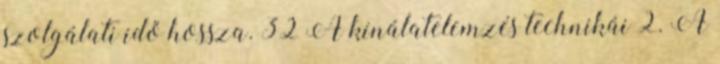
szolgálati idő hossza. 32 A kínálatelemzés technikái 2. A